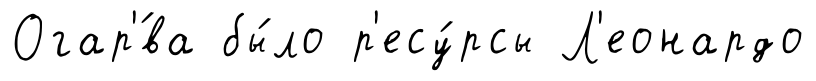
Огар'́ва бы́ло р'есу́рсы Л'еонардо